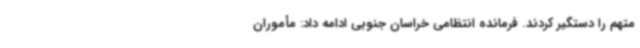
متهم را دستگیر کردند. فرمانده انتظامی خراسان جنوبی ادامه داد: مأموران